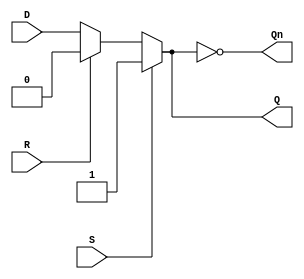
module async_register (
    input wire D,      // Data input
    input wire S,      // Set control signal
    input wire R,      // Reset control signal
    output reg Q,      // Output Q
    output wire Qn     // Inverted output Q'
);

// Always block to handle asynchronous set and reset
always @(*) begin
    if (S) begin
        Q = 1'b1;      // Set state
    end else if (R) begin
        Q = 1'b0;      // Reset state
    end else begin
        Q = D;         // Hold state
    end
end

assign Qn = ~Q; // Inverted output

endmodule